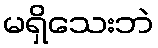
မရှိသေးဘဲ